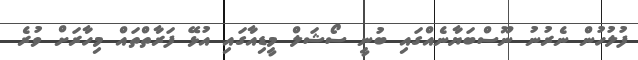
ފުލުހުން ނެރުނު ނޫސްބަޔާނެއްގައި ބުނީ ސޯޝަލް މީޑިއާގައި އުޅޭ ފަރާތްތައް މިހާރަށް ވުރެ